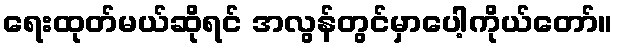
ရေးထုတ်မယ်ဆိုရင် အလွန်တွင်မှာပေါ့ကိုယ်တော်။